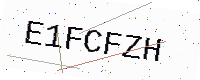
Text: E1FCFZH